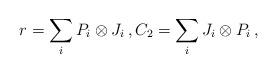
LaTeX: \begin{align*}r=\sum_{i } P_i \otimes J_i \, , C_2 = \sum_{i } J_i \otimes P_i \, ,\end{align*}